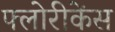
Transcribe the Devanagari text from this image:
फ्लोरीकेंस